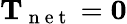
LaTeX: \mathbf{T}_{\mathrm{~n~e~t~}}=\mathbf{0}